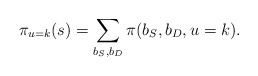
\begin{align*}\pi_{u=k}(s) = \sum_{b_{S},b_{D}}\pi(b_{S}, b_{D}, u=k).\end{align*}